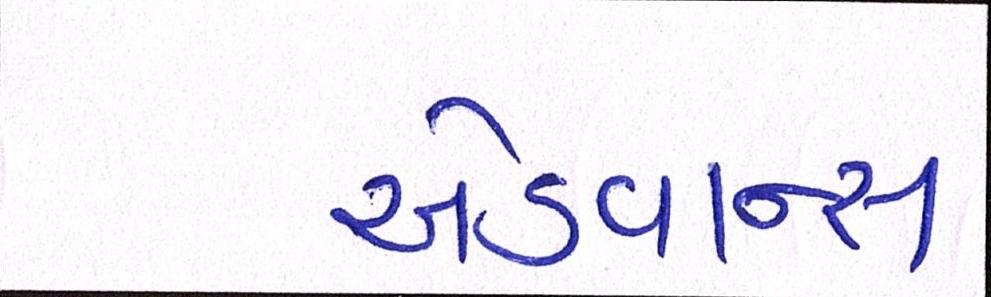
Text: એડવાન્સ